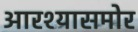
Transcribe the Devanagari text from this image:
आरश्यासमोर